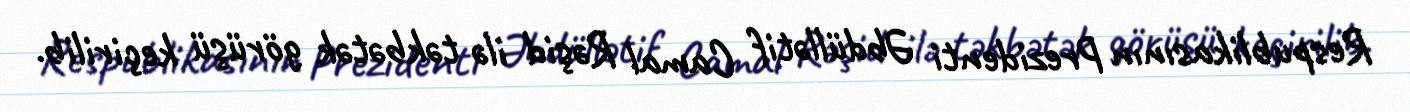
Respublikasının Prezidenti Əbdüllətif Camal Rəşid ilə təkbətək görüşü keçirilib.